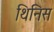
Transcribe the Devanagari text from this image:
थिनिस